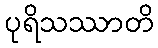
ပုရိသဿာတိ